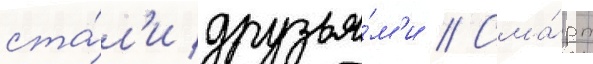
ста́л'и друзья́м'и // Сма́рт